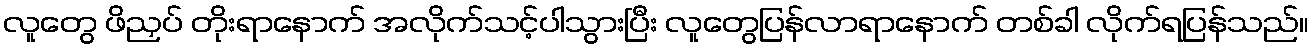
လူတွေ ဖိညှပ် တိုးရာနောက် အလိုက်သင့်ပါသွားပြီး လူတွေပြန်လာရာနောက် တစ်ခါ လိုက်ရပြန်သည်။